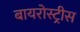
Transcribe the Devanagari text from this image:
बायरोस्ट्रीस